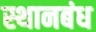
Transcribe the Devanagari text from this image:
स्थानबंध